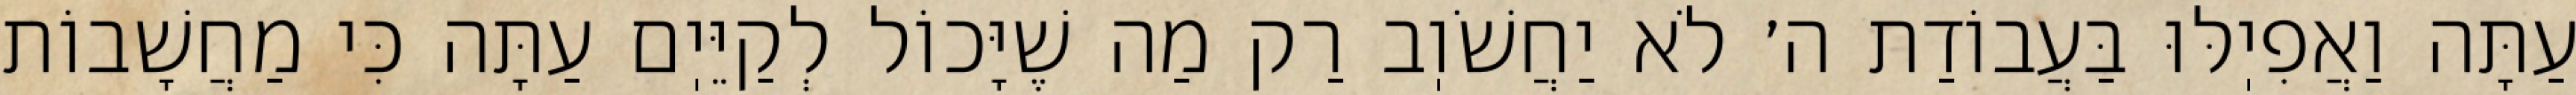
עַתָּה וַאֲפִיֽלּוּ בַּעֲבוֹדַת ה׳ לֹא יַחֲשֹׁוֽב רַק מַה שֶׁיָּכוֹל לְקַיֵּיֽם עַתָּה כִּי מַחֲשָׁבוֹת